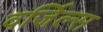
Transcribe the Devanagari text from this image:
वर्जिल्स